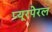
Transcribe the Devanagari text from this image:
प्यूरपेरल